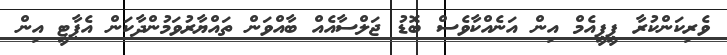
ވެރިކަންކުރާ ޕީޕީއެމް އިން އަނެއްކާވެސް ބޮޑު ޖަލްސާއެއް ބާއްވަން ތައްޔާރުވަމުންދާކަން އެޕާޓީ އިން